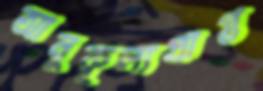
আনুকূল্যপ্রাপ্ত